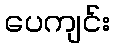
ပေကျင်း